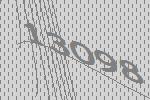
13098